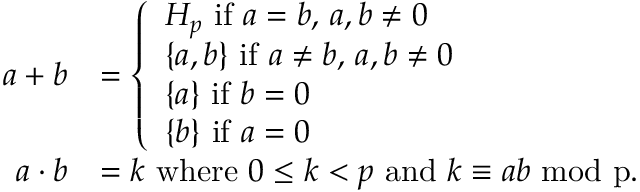
\begin{array} { r l } { a + b } & { = \left\{ \begin{array} { l l } { H _ { p } \mathrm { ~ i f ~ } a = b , \, a , b \ne 0 } \\ { \{ a , b \} \mathrm { ~ i f ~ } a \ne b , \, a , b \ne 0 } \\ { \{ a \} \mathrm { ~ i f ~ } b = 0 } \\ { \{ b \} \mathrm { ~ i f ~ } a = 0 } \end{array} \right. } \\ { a \cdot b } & { = k \mathrm { ~ w h e r e ~ } 0 \le k < p \mathrm { ~ a n d ~ } k \equiv a b \mathrm { ~ m o d ~ p } . } \end{array}